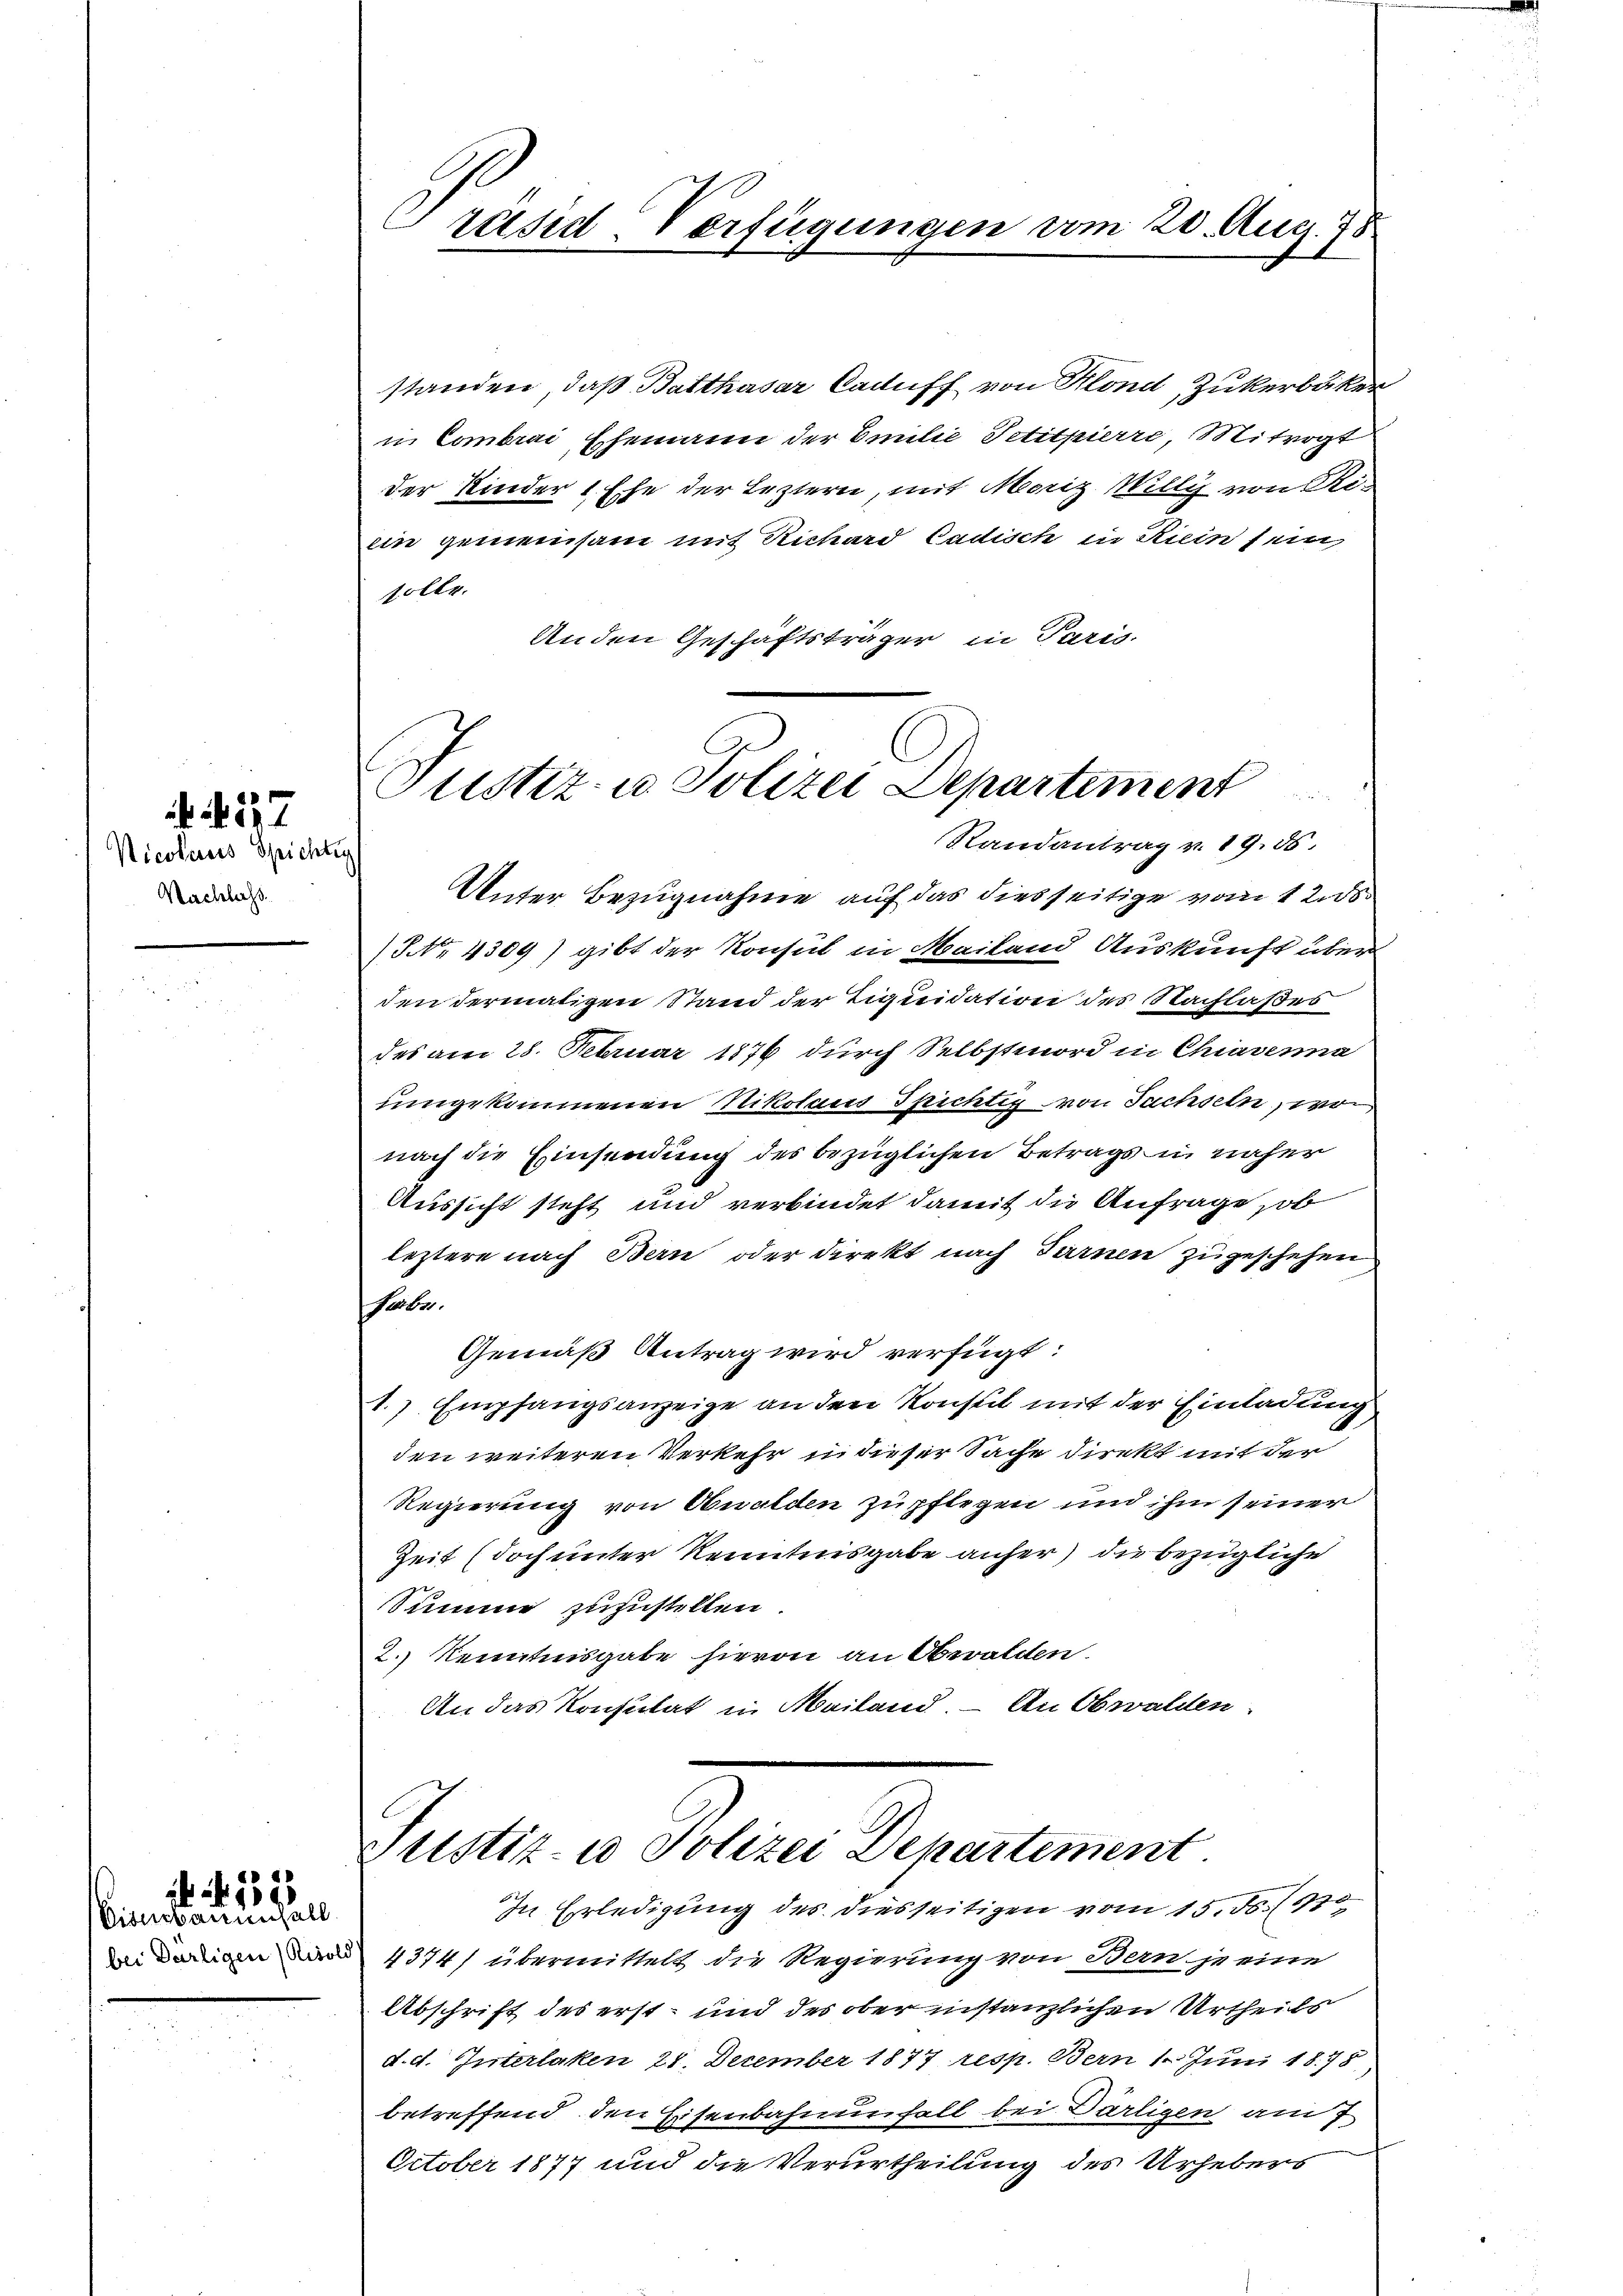
27

Nicolauses Spichter
Nachlass

Eisenbau und all
bei Darligen (Risold

b. f. 1873

Präsid-Verfügungen vom 20. Aug. 75

standen, daß Batthasar Caduff von Klond Zukerbäcker
in Combrai Ehemann der Emilie Petitpierre, Mitvogt
der Kinder 1. Ehe der Leztern, mit Moriz Willy von Re-
ein gemeinsam mit Richard Cadisch in Riein sein,
solle.
Anden Geschäftsträger in Paris

Justiz- u. Polizei Departement
82
Randantrag v. 19. 55.

Justiz- u Polizei Departement
In Erledigung des diesseitigen vom 15. ds. (175

Unter Bezugnahme auf das diesseitige vom 12. ds.
No 4309) gibt der Konsul in Mailand Auskunft über
den dermaligen Stand der Liquidation des Nachlaßes
des am 28. Februar 1876 durch Selbstmord in Chiavena
umgekommenen Nikolaus Spichtig von Sachseln wo
nach die Einsendung des bezüglichen Betrags in näher
Aussicht steht und verbindet damit die Anfrage, ob
leztere nach Bern oder Direkt nach Turnen zugeschehen
Febr.
Gemäß Antrag wird verfügt:
1.) Empfangsanzeige an den Konsul mit der Einladung
den weiteren Verkehr in dieser Sache direkt mit der
Regierung von Obwalden zupflegen und ihm seiner
Zeit (doch unter Kenntnisgabe anher) die bezügliche
Summe zuzustellen
2.) Kenntnisgabe hievon an Obwalden.
An das Konsulat in Mailand. – An Obwalden.

4374) übermittelt die Regierung von Bern je eine
Abschrift des erst- und des ober instanzlichen Urtheils
d. d. Interlaken 21. December 1877 resp. Bern 1. Juni 1875
betreffend den Eisenbahnenfall bei Därligen am 7
October 1877 und die Verurtheilung des Urhebers